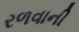
રળવાની